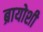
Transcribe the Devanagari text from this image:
ब्रायोशी